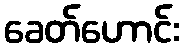
ခေတ်ဟောင်း